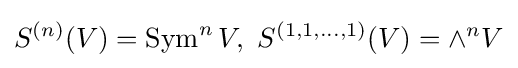
S^{(n)}(V)=\operatorname {Sym} ^{n}V,\,\,S^{(1,1,\dots ,1)}(V)=\wedge ^{n}V